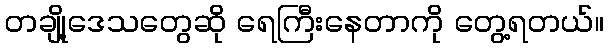
တချို့ဒေသတွေဆို ရေကြီးနေတာကို တွေ့ရတယ်။